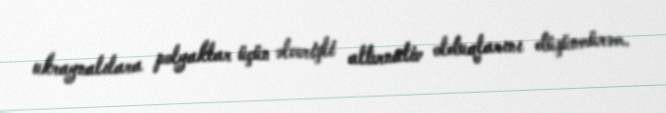
ukraynalılara polyaklar üçün əlverişli alternativ olduqlarını düşünmürəm.